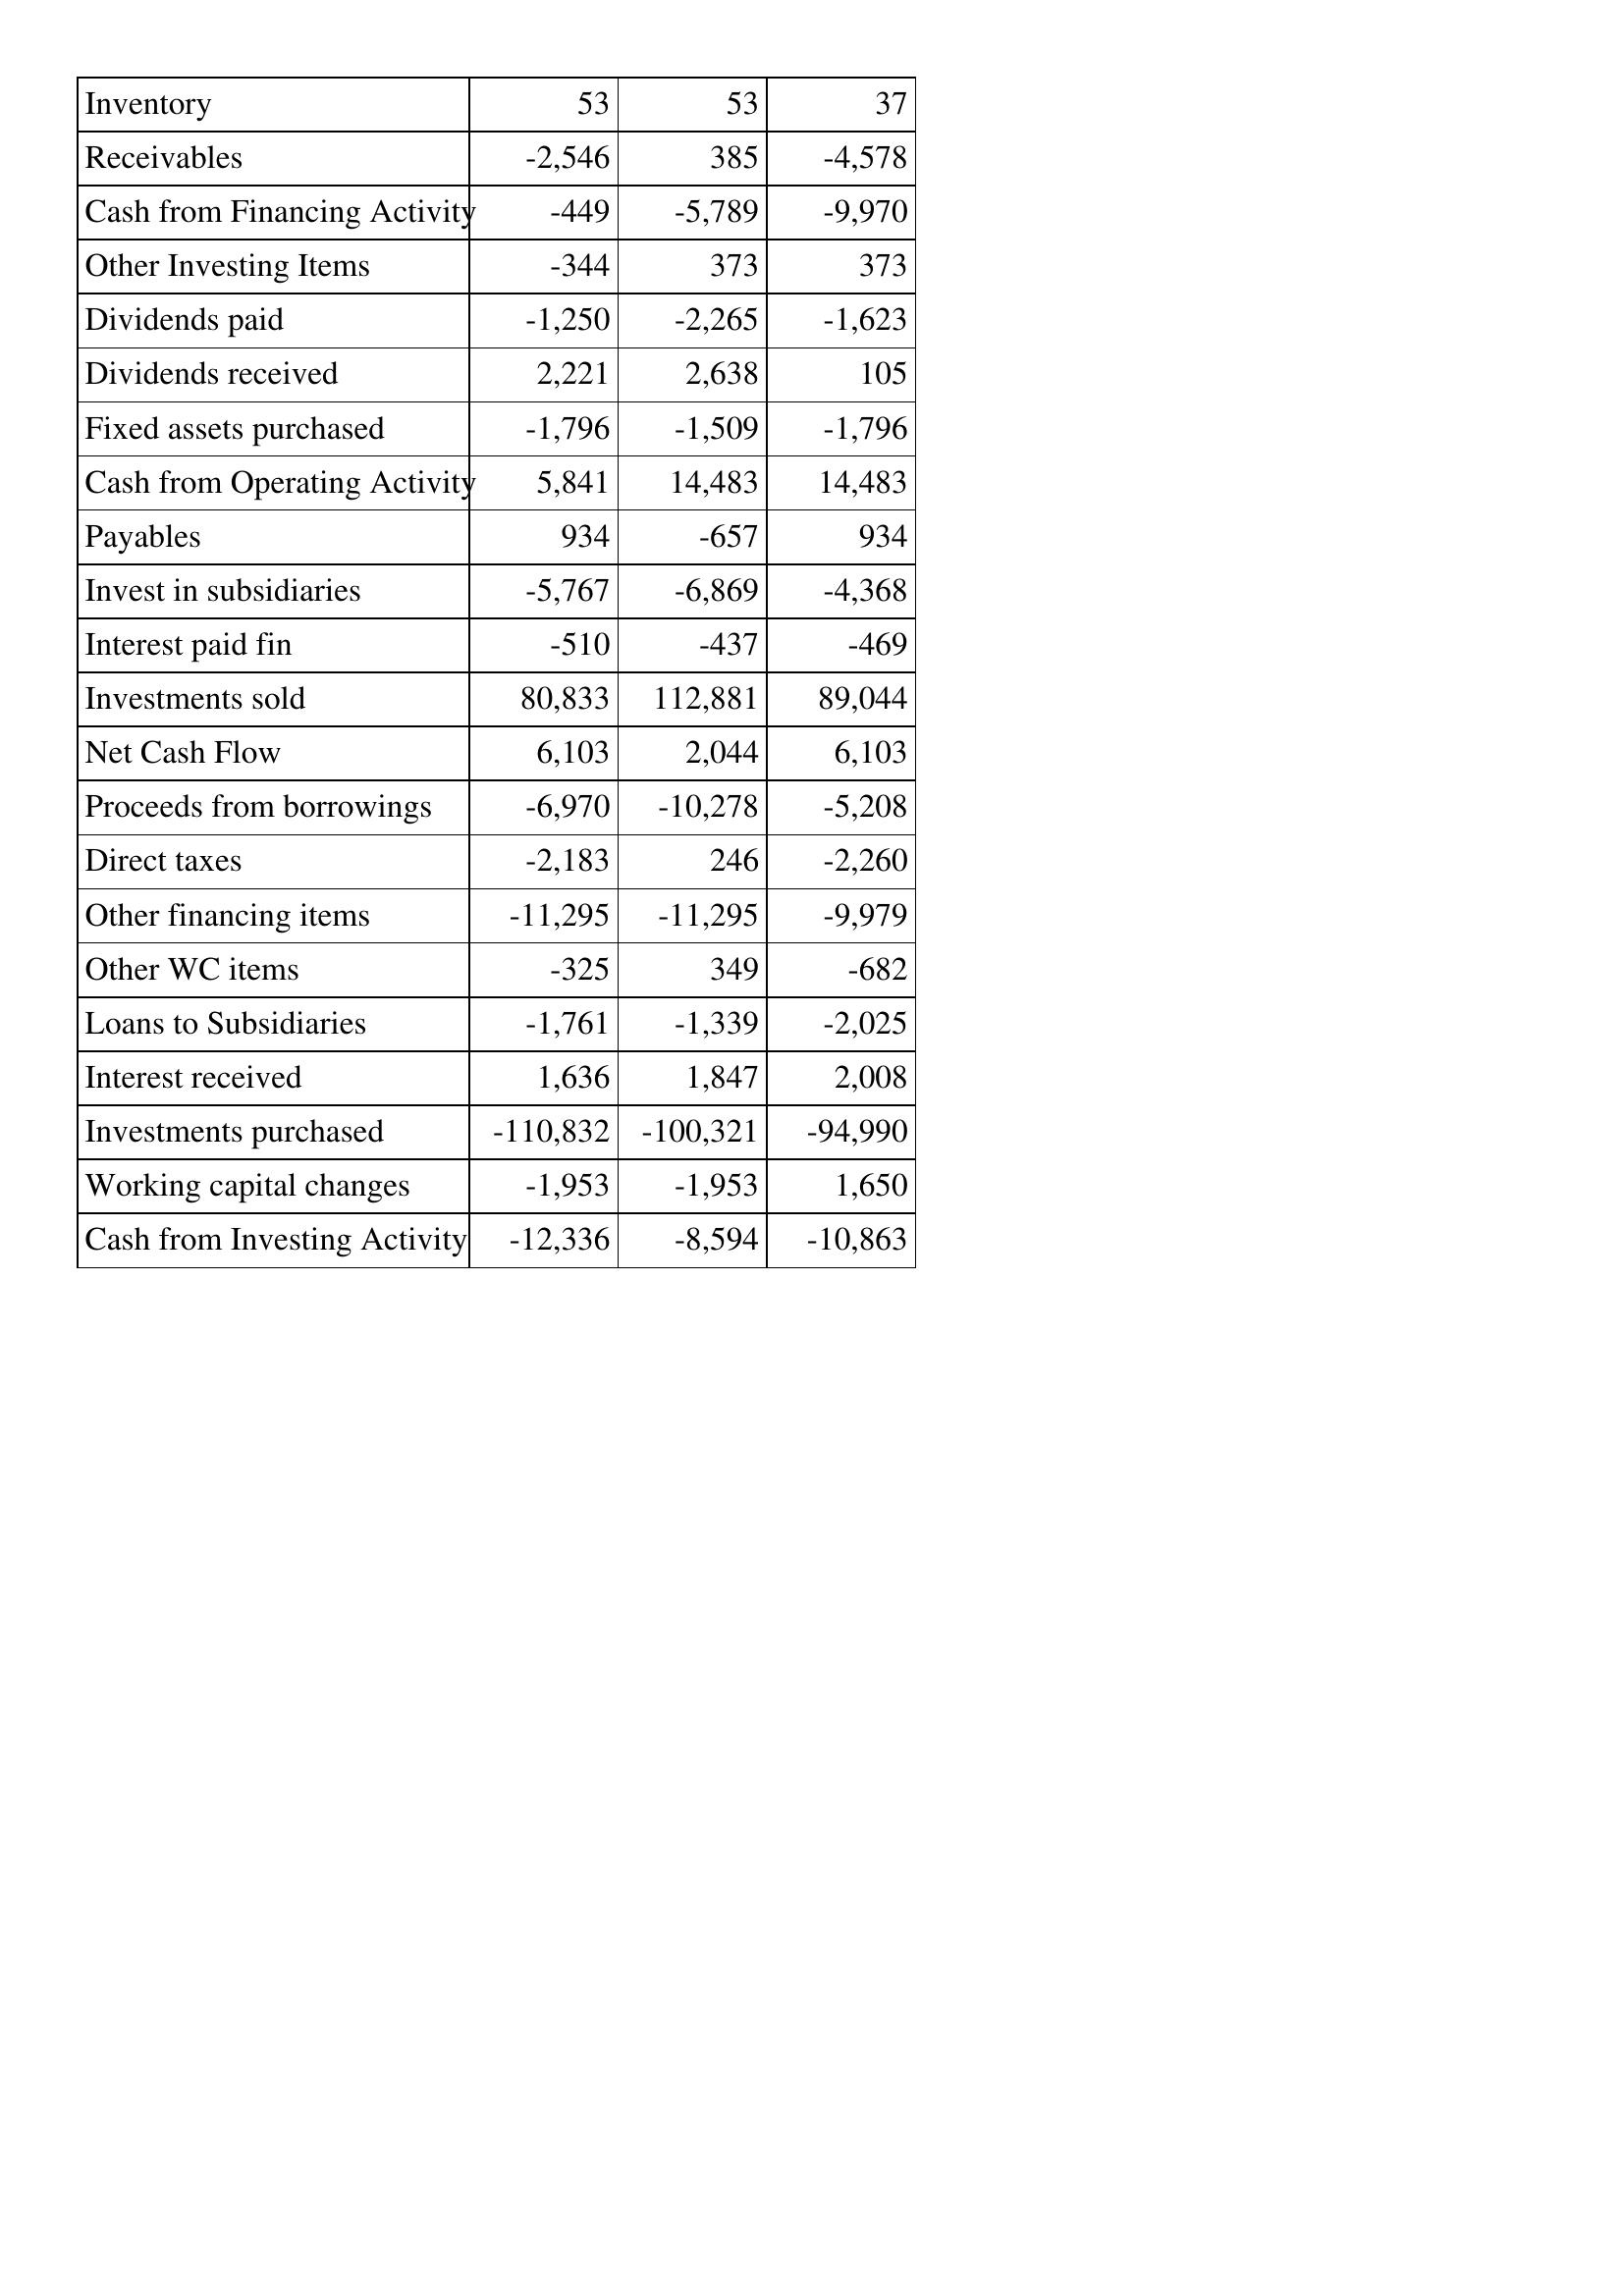
Apr-06: Cash Flows: Inventory: 53
Receivables: -2,546
Cash from Financing Activity: -449
Other Investing Items: -344
Dividends paid: -1,250
Dividends received: 2,221
Fixed assets purchased: -1,796
Cash from Operating Activity: 5,841
Payables: 934
Invest in subsidiaries: -5,767
Interest paid fin: -510
Investments sold: 80,833
Net Cash Flow: 6,103
Proceeds from borrowings: -6,970
Direct taxes: -2,183
Other financing items: -11,295
Other WC items: -325
Loans to Subsidiaries: -1,761
Interest received: 1,636
Investments purchased: -110,832
Working capital changes: -1,953
Cash from Investing Activity: -12,336
Apr-05: Cash Flows: Inventory: 53
Receivables: 385
Cash from Financing Activity: -5,789
Other Investing Items: 373
Dividends paid: -2,265
Dividends received: 2,638
Fixed assets purchased: -1,509
Cash from Operating Activity: 14,483
Payables: -657
Invest in subsidiaries: -6,869
Interest paid fin: -437
Investments sold: 112,881
Net Cash Flow: 2,044
Proceeds from borrowings: -10,278
Direct taxes: 246
Other financing items: -11,295
Other WC items: 349
Loans to Subsidiaries: -1,339
Interest received: 1,847
Investments purchased: -100,321
Working capital changes: -1,953
Cash from Investing Activity: -8,594
Apr-04: Cash Flows: Inventory: 37
Receivables: -4,578
Cash from Financing Activity: -9,970
Other Investing Items: 373
Dividends paid: -1,623
Dividends received: 105
Fixed assets purchased: -1,796
Cash from Operating Activity: 14,483
Payables: 934
Invest in subsidiaries: -4,368
Interest paid fin: -469
Investments sold: 89,044
Net Cash Flow: 6,103
Proceeds from borrowings: -5,208
Direct taxes: -2,260
Other financing items: -9,979
Other WC items: -682
Loans to Subsidiaries: -2,025
Interest received: 2,008
Investments purchased: -94,990
Working capital changes: 1,650
Cash from Investing Activity: -10,863